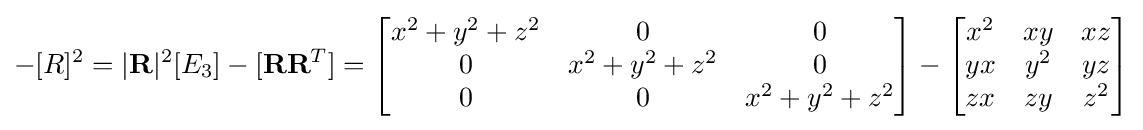
-[R]^{2}=|\mathbf {R} |^{2}[E_{3}]-[\mathbf {R} \mathbf {R} ^{T}]={\begin{bmatrix}x^{2}+y^{2}+z^{2}&0&0\\0&x^{2}+y^{2}+z^{2}&0\\0&0&x^{2}+y^{2}+z^{2}\end{bmatrix}}-{\begin{bmatrix}x^{2}&xy&xz\\yx&y^{2}&yz\\zx&zy&z^{2}\end{bmatrix}}